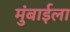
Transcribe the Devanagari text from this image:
मुंबाईला